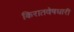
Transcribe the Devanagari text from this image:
किरातवेषधारी